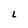
Character: L